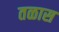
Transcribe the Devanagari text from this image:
तळास